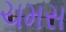
ચમસ